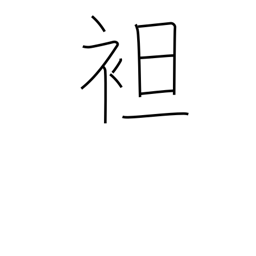
Meaning: strip to waist